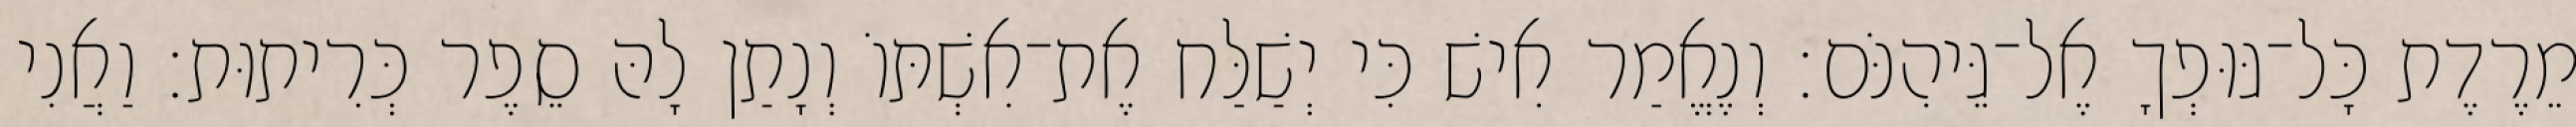
מֵרֶדֶת כָּל־גּוּפְךָ אֶל־גֵּיהִנֹּם׃ וְנֶאֱמַר אִישׁ כִּי יְשַׁלַּח אֶת־אִשְׁתּוֹ וְנָתַן לָהּ סֵפֶר כְּרִיתוּת׃ וַאֲנִי